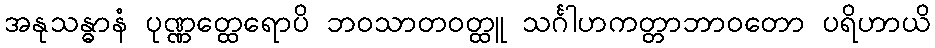
အနုသန္ဓာနံ ပုဏ္ဏတ္ထေရောပိ ဘဝသာတဝတ္ထူ သင်္ဂါဟကတ္တာဘာဝတော ပရိဟာယိ